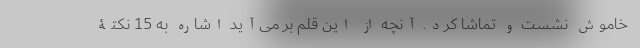
خاموش نشست و تماشا کرد. آنچه از این قلم بر می‌آید اشاره به 15 نکتۀ